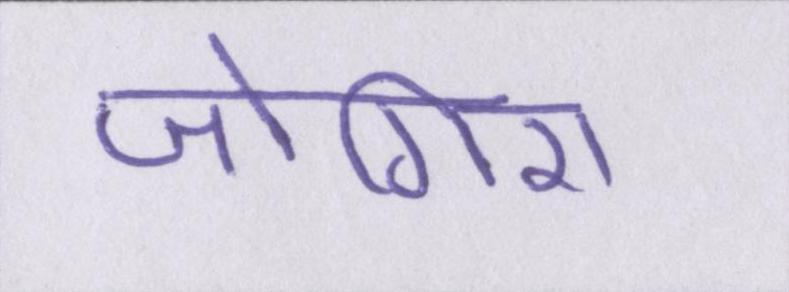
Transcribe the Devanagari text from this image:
जोगिरा